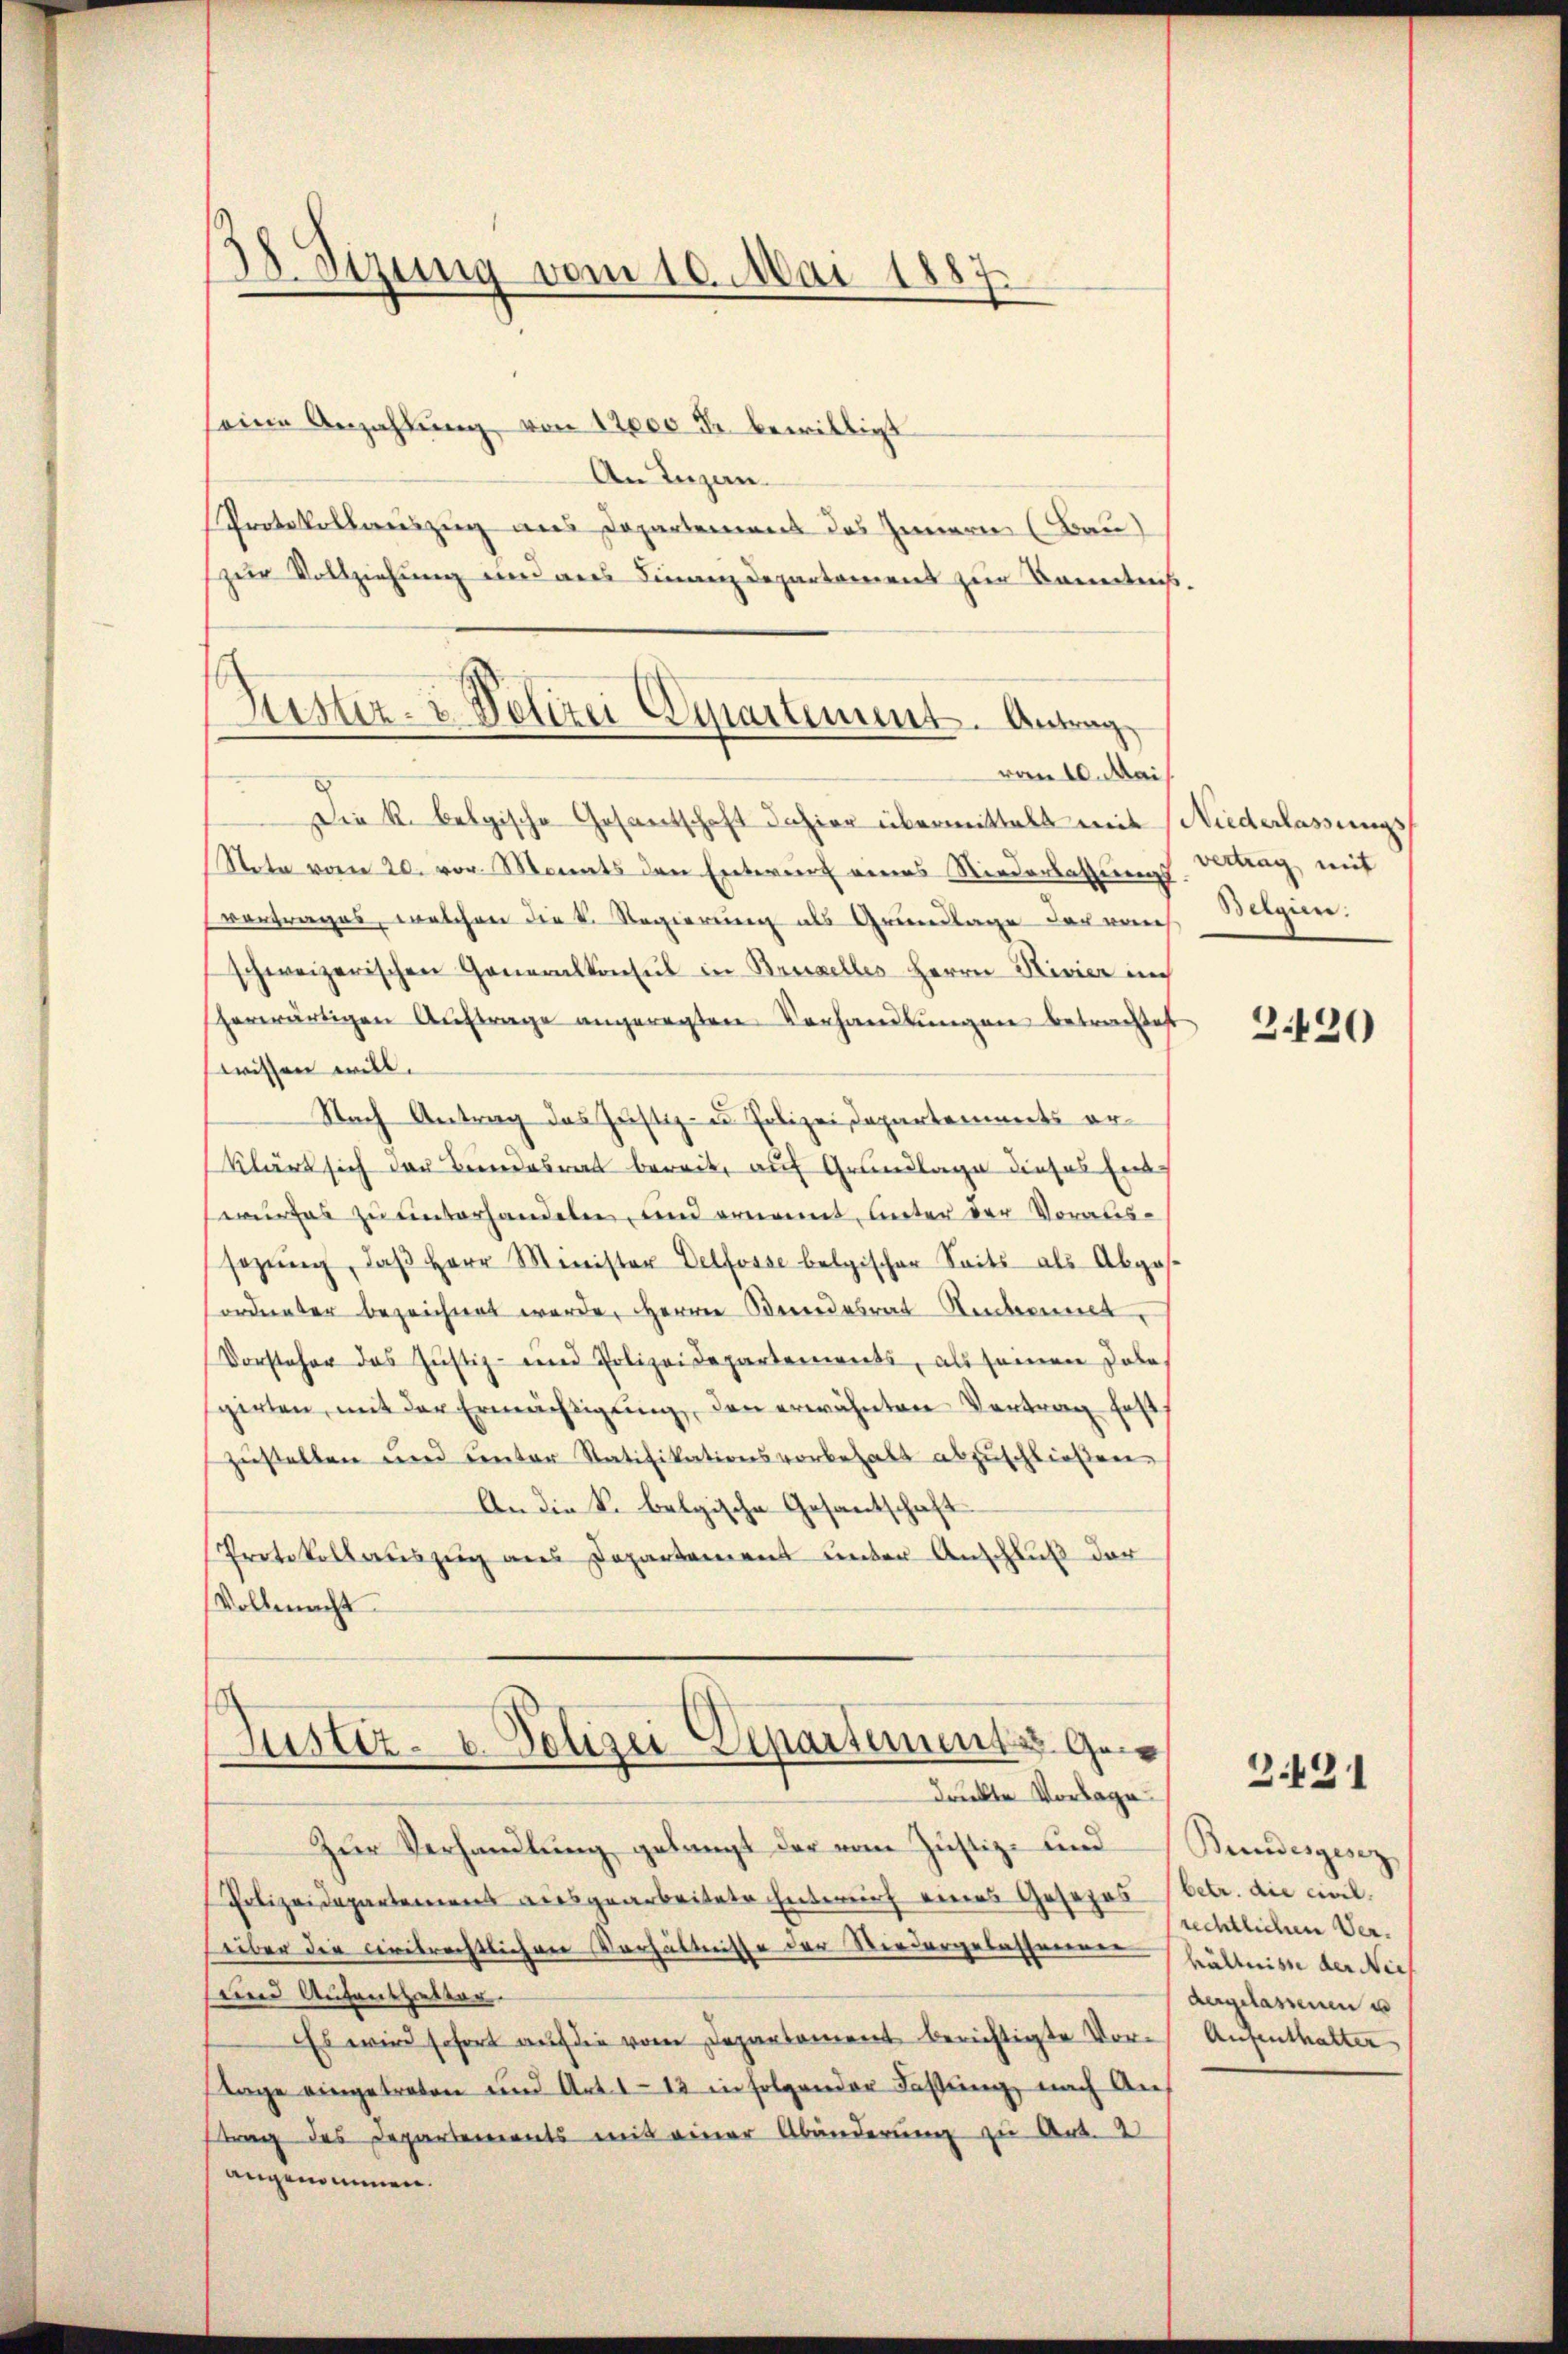
38. Sizung vom 10. Mai 1887.

eine Anzahlung von 12000 Fr. bewilligt
An Inzan¬
Protokollauszug aus Departemens des Innern (Bau)
zur Vollziehung und dies Finanzdepartamens zur kanntens
Die k. belgische Gesantschaft dahier übermittelt mit
Stota vom 20. vor. Monats den Entwurf eines Niederlassierens
vortrages, welchen die D. Regierung als Grundlage der von
schweizerischen Generalkonsul in Benzelles Herrn Rivier in
herwärtigen Auftrage angeregten Vorhandlungen betrachtest
wissen will.
Nach Antrag das Justiz- u. Polizei Departements erklärt sich der Bundesrat bereit, auf Grundlage dieses Eidwurfes zu unterhandeln, und ernannt, unter der Voraus-
sazŭng, daβ Herr Minister Delfosse belgischer Seits als Abges.
ordneter bezeichnet werde, Herrn Berendesrat Rentement,
Vorsteher das Justiz- und Polizeidepartements, als seinen Dole
girten, mit der Ermächtigung, den erwähnten Vortrag fest
zustellen und unter Ratifikationsvorbehalt abzŭschlieβen.
An die k. belgische Gesantschaft
Protokoll auszug aus Departement unter Anschluß der
Vollmacht

Huster- & Polizei Departement. Antrag
vom 10. Mai

Justiz- u. Polizei Departement v. Gew
Dreckte Vorlage.

Zur Verhandlung gelangt der vom Justiz- und
Polizeidepartemens ausgearbeitete Interrich eines Gesezes- (betr. die civil.
über die civilrechtlichen Verhältnisse der Niedergelasserung hältnisse der Nie
uine Aufenthalten.
Es wird sofort auf die vom Departament berichtigte Vorstage eingetreten und Art. 113 in folgender Fassung nach Auf
trag des Departements mit einer Abänderung zu Art. 2
angenommen.

Niederlassungsvertrag mit
Bergien.

220

Bundesgesez
rechtlichen Verdergelassenen u
Aufenthalter

3.431